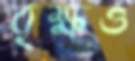
বৃক্ষও